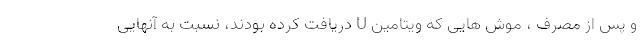
و پس از مصرف ، موش هایی که ویتامین U دریافت کرده بودند، نسبت به آنهایی